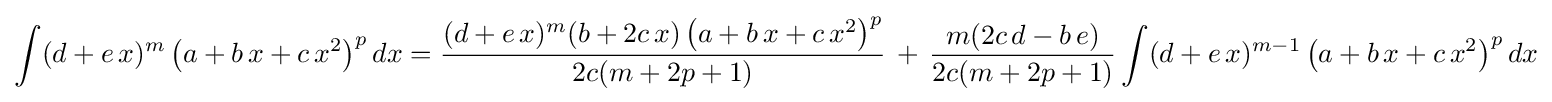
\int (d+e\,x)^{m}\left(a+b\,x+c\,x^{2}\right)^{p}dx={\frac {(d+e\,x)^{m}(b+2c\,x)\left(a+b\,x+c\,x^{2}\right)^{p}}{2c(m+2p+1)}}\,+\,{\frac {m(2c\,d-b\,e)}{2c(m+2p+1)}}\int (d+e\,x)^{m-1}\left(a+b\,x+c\,x^{2}\right)^{p}dx